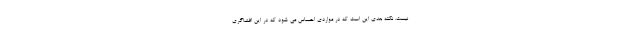
نیست. نکته بعدی این است که در مواردی احساس می شود که در این افشاگری